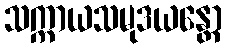
သက္ကာယသမုဒယန္တော